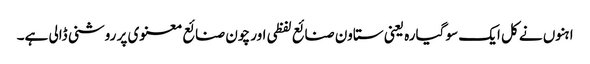
ا ہنوں نے کل ایک سو گیارہ یعنی ستاون صنائع لفظی اور چون صنائع معنوی پر روشنی ڈالی ہے۔